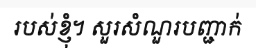
របស់ខ្ញុំ។ សួរសំណួរបញ្ជាក់